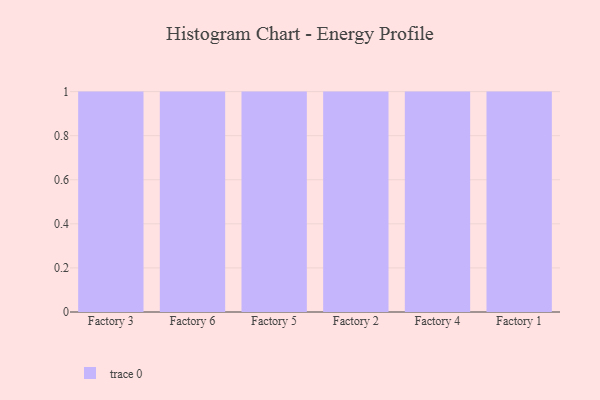
{"axis": {"x": "Factory", "y": "Energy Usage (MWh)"}, "legend": [""], "data": [{"x": "Factory 3", "y": 98, "type": ""}, {"x": "Factory 6", "y": 29, "type": ""}, {"x": "Factory 5", "y": 21, "type": ""}, {"x": "Factory 2", "y": 83, "type": ""}, {"x": "Factory 4", "y": 62, "type": ""}, {"x": "Factory 1", "y": 6, "type": ""}]}